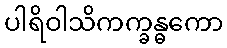
ပါရိဝါသိကက္ခန္ဓကော